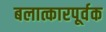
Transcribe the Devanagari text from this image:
बलात्कारपूर्वक